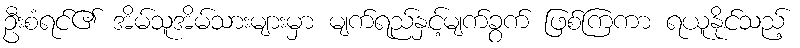
ဦးစံရင်၏ အိမ်သူအိမ်သားများမှာ မျက်ရည်နှင့်မျက်ခွက် ဖြစ်ကြကာ ရယူနိုင်သည့်